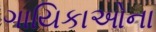
ગાયિકાઓના